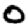
Digit: 0